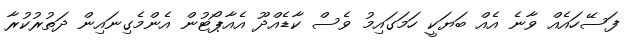
ފަސޭހައެއް ވާނެ އެއް ބަޔަކީ ހަމަގައިމު ވެސް ކާޑެއްދޫ އެއާޕޯޓުން އެންމެގިނައިން ދަތުރުކުރާ